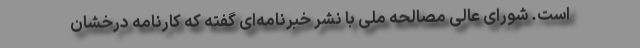
است. شورای عالی مصالحه ملی با نشر خبرنامه‌ای گفته که کارنامه‌ درخشان